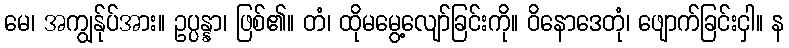
မေ၊ အကျွန်ုပ်အား။ ဥပ္ပန္နာ၊ ဖြစ်၏။ တံ၊ ထိုမမွေ့လျော်ခြင်းကို။ ဝိနောဒေတုံ၊ ဖျောက်ခြင်းငှါ။ န